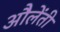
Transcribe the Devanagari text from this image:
औलेंती